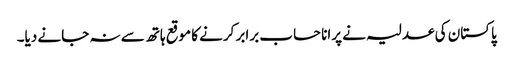
پاکستان کی عدلیہ نے پرانا حساب برابر کرنے کا موقع ہاتھ سے نہ جانے دیا۔